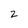
Character: 2